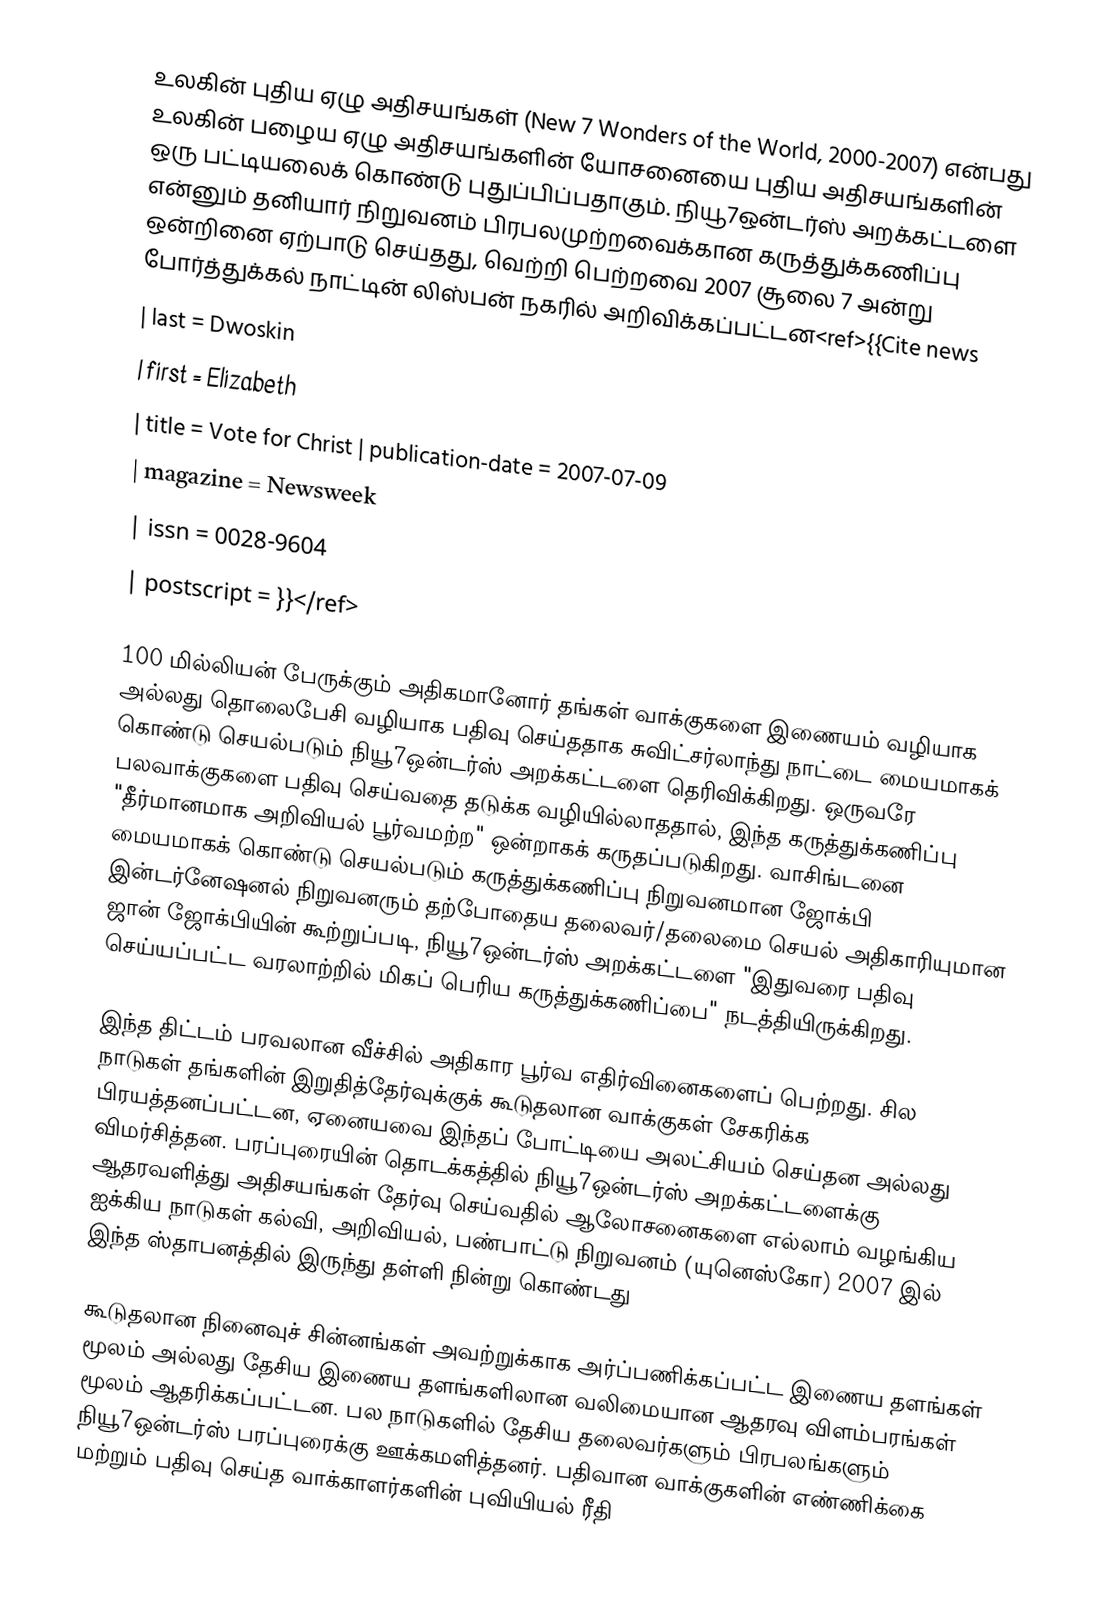
உலகின் புதிய ஏழு அதிசயங்கள் (New 7 Wonders of the World, 2000-2007) என்பது உலகின் பழைய ஏழு அதிசயங்களின் யோசனையை புதிய அதிசயங்களின் ஒரு பட்டியலைக் கொண்டு புதுப்பிப்பதாகும். நியூ7ஒன்டர்ஸ் அறக்கட்டளை என்னும் தனியார் நிறுவனம் பிரபலமுற்றவைக்கான கருத்துக்கணிப்பு ஒன்றினை ஏற்பாடு செய்தது, வெற்றி பெற்றவை 2007 சூலை 7 அன்று போர்த்துக்கல் நாட்டின் லிஸ்பன் நகரில் அறிவிக்கப்பட்டன<ref>{{Cite news
 | last             = Dwoskin
 | first            = Elizabeth
 | title            = Vote for Christ | publication-date = 2007-07-09
 | magazine         = Newsweek
 | issn             = 0028-9604
 | postscript             =   }}</ref>

100 மில்லியன் பேருக்கும் அதிகமானோர் தங்கள் வாக்குகளை இணையம் வழியாக அல்லது தொலைபேசி வழியாக பதிவு செய்ததாக சுவிட்சர்லாந்து நாட்டை மையமாகக் கொண்டு செயல்படும் நியூ7ஒன்டர்ஸ் அறக்கட்டளை தெரிவிக்கிறது. ஒருவரே பலவாக்குகளை பதிவு செய்வதை தடுக்க வழியில்லாததால், இந்த கருத்துக்கணிப்பு "தீர்மானமாக அறிவியல் பூர்வமற்ற" ஒன்றாகக் கருதப்படுகிறது. வாசிங்டனை மையமாகக் கொண்டு செயல்படும் கருத்துக்கணிப்பு நிறுவனமான ஜோக்பி இன்டர்னேஷனல் நிறுவனரும் தற்போதைய தலைவர்/தலைமை செயல் அதிகாரியுமான ஜான் ஜோக்பியின் கூற்றுப்படி, நியூ7ஒன்டர்ஸ் அறக்கட்டளை "இதுவரை பதிவு செய்யப்பட்ட வரலாற்றில் மிகப் பெரிய கருத்துக்கணிப்பை" நடத்தியிருக்கிறது.

இந்த திட்டம் பரவலான வீச்சில் அதிகார பூர்வ எதிர்வினைகளைப் பெற்றது. சில நாடுகள் தங்களின் இறுதித்தேர்வுக்குக் கூடுதலான வாக்குகள் சேகரிக்க பிரயத்தனப்பட்டன, ஏனையவை இந்தப் போட்டியை அலட்சியம் செய்தன அல்லது விமர்சித்தன. பரப்புரையின் தொடக்கத்தில் நியூ7ஒன்டர்ஸ் அறக்கட்டளைக்கு ஆதரவளித்து அதிசயங்கள் தேர்வு செய்வதில் ஆலோசனைகளை எல்லாம் வழங்கிய ஐக்கிய நாடுகள் கல்வி, அறிவியல், பண்பாட்டு நிறுவனம் (யுனெஸ்கோ) 2007 இல் இந்த ஸ்தாபனத்தில் இருந்து தள்ளி நின்று கொண்டது

கூடுதலான நினைவுச் சின்னங்கள் அவற்றுக்காக அர்ப்பணிக்கப்பட்ட இணைய தளங்கள் மூலம்  அல்லது தேசிய இணைய தளங்களிலான வலிமையான ஆதரவு விளம்பரங்கள் மூலம் ஆதரிக்கப்பட்டன. பல நாடுகளில் தேசிய தலைவர்களும் பிரபலங்களும் நியூ7ஒன்டர்ஸ் பரப்புரைக்கு ஊக்கமளித்தனர். பதிவான வாக்குகளின் எண்ணிக்கை மற்றும் பதிவு செய்த வாக்காளர்களின் புவியியல் ரீதி